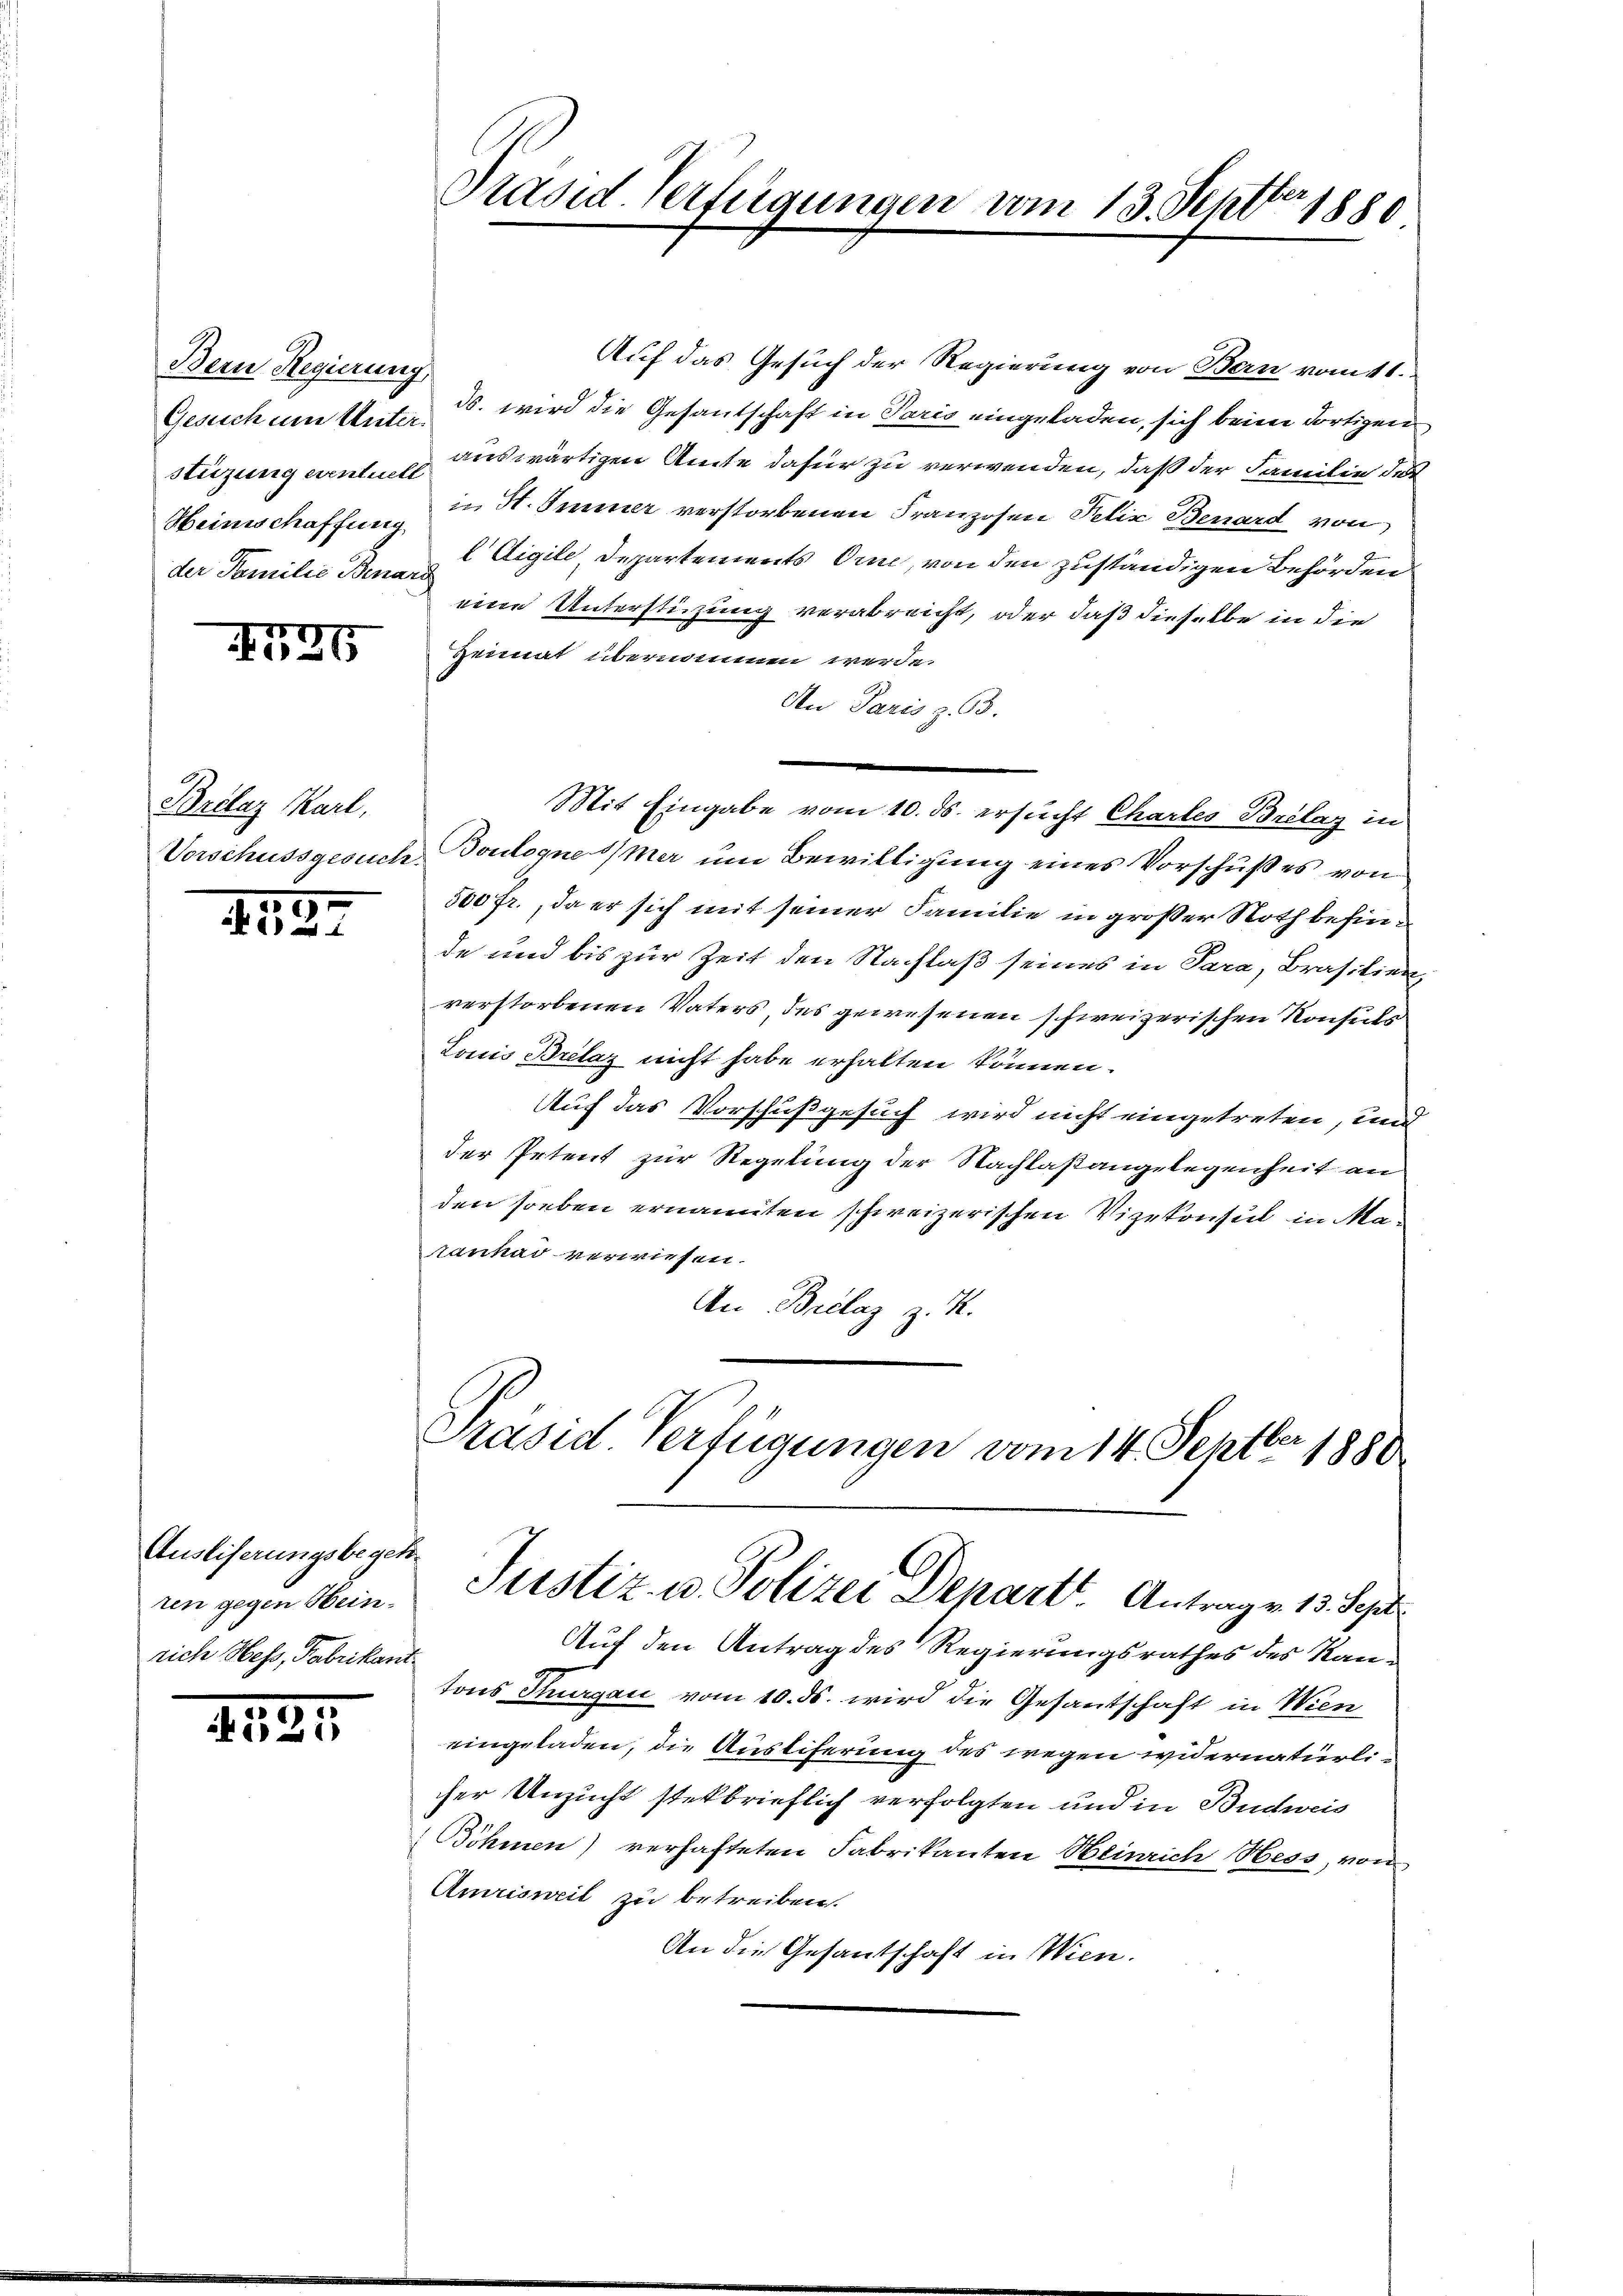
Bern Regierung
Gesuch um Unter.
Heinschaffung
der Familie Benard

1526

Brilaz Karl,
Vorschussgesuch.

1522

Ausliserungsbegeh
ten gegen Heinrich Hess, Fabrikant¬

1524

Auf das Gesuch der Regierung von Bern vom 11.
ds. wird die Gesandschaft in Paris eingeladen, sich beim dortigen
stüzung evente auswärtigen Amte dafür zu verwenden, daß der Familie des
in St. Immer verstorbenen Franzosen Pelix Benard von
l Eigile, Departements Orne, von den zuständigen Behörden
eine Unterstüzung verabreicht, oder daß dieselbe in die
Heimat übernommen werde.
An Paris z. B.
Mit Eingabe vom 10. ds. ersucht Chartes Brilaz in
Boulogne imer um Bewilligung eines Vorschußes von
500 fr., da er sich mit seiner Familie in großer Noth befinde und bis zur Zeit den Nachlaß seines in Para, Brasilien,
verstorbenen Vaters, des gewesenen schweizerischen Konsuls
Louis Brelaz nicht habe erhalten können.
Auf das Vorschußgesuch wird nicht eingetreten, und
der Petent zur Regelung der Nachlaßangelegenheit an
den soeben ernannten schweizerischen Vizekonsul in Marankad verwiesen.
An Brclaz z. R.

Präsid-Verfügungen vom 13. Septbr. 1880

Präsid. Verfügungen vom 14. Septbr 1880
Justiz- u. Polizei Depart. Antrage 13. Sept

Auf den Antrag des Regierungsrathes des Kantons Thurgau vom 10. ds. wird die Gesantschaft in Wien
eingeladen, die Austiferung des wegen widernatürlicher Unzucht stekbrieflich verfolgten und in Budweis
Böhmen) verhafteten Fabrikanten Heinrich Hess, von
Amrisweil zu betreiben.
An die Gesantschaft in Wien.